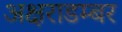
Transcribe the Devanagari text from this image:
अक्षराडम्बर